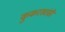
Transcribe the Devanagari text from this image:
कुकरखांसी